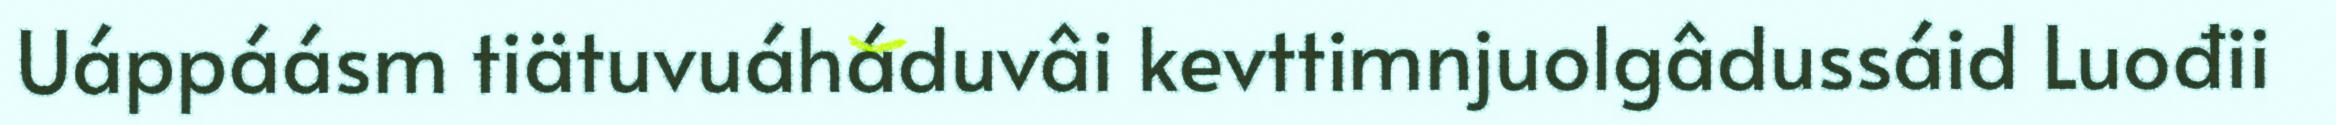
Uáppáásm tiätuvuáháduvâi kevttimnjuolgâdussáid Luođii